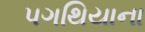
પગથિયાના